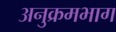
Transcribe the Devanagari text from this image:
अनुक्रमभाग